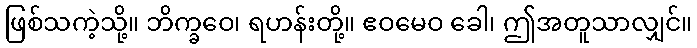
ဖြစ်သကဲ့သို့။ ဘိက္ခဝေ၊ ရဟန်းတို့။ ဧဝမေဝ ခေါ၊ ဤအတူသာလျှင်။